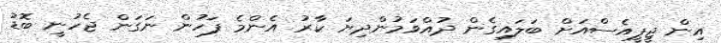
އިން ޖީޕީއެސްއަށް ބަލައިގެން ދުއްވަމުންދިޔަ ކާރު އެންމެ ފަހުން ނަގަން ޖެހުނީ ބޮޑު